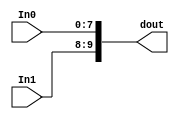
module RAT_xlconcat_0_0
   (In0,
    In1,
    dout);
  input [7:0]In0;
  input [1:0]In1;
  output [9:0]dout;

  wire [7:0]In0;
  wire [1:0]In1;

  assign dout[9:8] = In1;
  assign dout[7:0] = In0;
endmodule